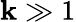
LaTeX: \mathbf{k}\gg1